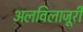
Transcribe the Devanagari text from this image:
अलविलाजूरी